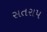
સતરાપ